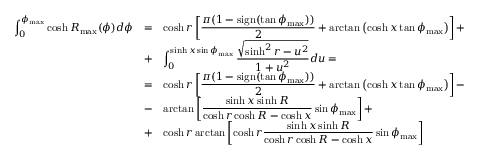
\begin{array} { r l l } { \displaystyle \int _ { 0 } ^ { \phi _ { \operatorname* { m a x } } } \cosh R _ { \operatorname* { m a x } } ( \phi ) d \phi } & { = } & { \displaystyle \cosh r \left[ \frac { \pi ( 1 - \mathrm { s i g n } ( \tan \phi _ { \operatorname* { m a x } } ) ) } { 2 } + \arctan \left( \cosh x \tan \phi _ { \operatorname* { m a x } } \right) \right] + \medskip } \\ & { + } & { \displaystyle \int _ { 0 } ^ { \sinh x \sin \phi _ { \operatorname* { m a x } } } \frac { \sqrt { \sinh ^ { 2 } r - u ^ { 2 } } } { 1 + u ^ { 2 } } d u = \medskip } \\ & { = } & { \displaystyle \cosh r \left[ \frac { \pi ( 1 - \mathrm { s i g n } ( \tan \phi _ { \operatorname* { m a x } } ) ) } { 2 } + \arctan \left( \cosh x \tan \phi _ { \operatorname* { m a x } } \right) \right] - \medskip } \\ & { - } & { \displaystyle \arctan \left[ \frac { \sinh x \sinh R } { \cosh r \cosh R - \cosh x } \sin \phi _ { \operatorname* { m a x } } \right] + \medskip } \\ & { + } & { \displaystyle \cosh r \arctan \left[ \cosh r \frac { \sinh x \sinh R } { \cosh r \cosh R - \cosh x } \sin \phi _ { \operatorname* { m a x } } \right] } \end{array}